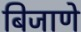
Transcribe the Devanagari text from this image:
बिजाणे